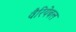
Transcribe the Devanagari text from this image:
वैरियेबल